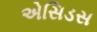
એસિડસ